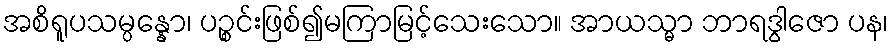
အစိရူပသမ္ပန္နော၊ ပဉ္စင်းဖြစ်၍မကြာမြင့်သေးသော။ အာယသ္မာ ဘာရဒွါဇော ပန၊